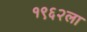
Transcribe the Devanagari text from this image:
१९६२ला